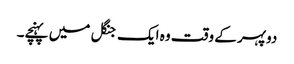
دوپہر کے وقت وہ ایک جنگل میں پہنچے۔